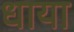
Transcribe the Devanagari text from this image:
धाया